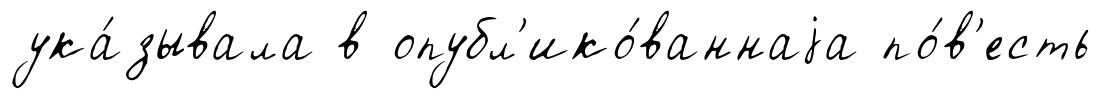
ука́зывала в опубл'ико́ваннаjа по́в'есть